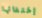
إختفائها